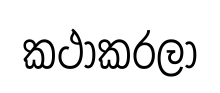
කථාකරලා